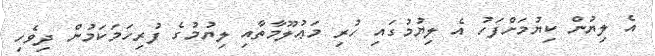
އެ ލިޔުން ކިޔުމަށްފަހު އެ ލިޔުމުގައި ހުރި މަޢުލޫމާތާއި ލިޔުމުގެ ފުރިހަމަކަމުން ދިވެހި